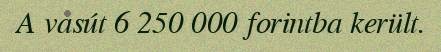
A vasút 6 250 000 forintba került.